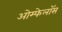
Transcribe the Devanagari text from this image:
ओम्फेलॉस